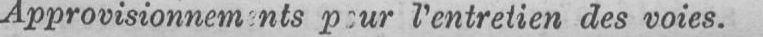
l’entretien des voies.